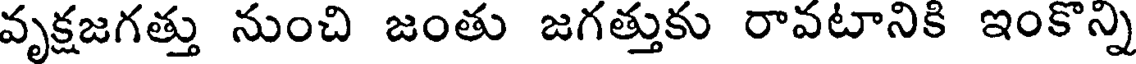
వృక్షజగత్తు నుంచి జంతు జగత్తుకు రావటానికి ఇంకొన్ని